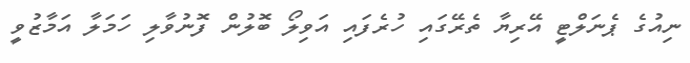
ނިއުގެ ޕެނަލްޓީ އޭރިޔާ ތެރޭގައި ހުރެފައި އަވިލޯ ބޮލުން ފޮނުވާލި ހަމަލާ އަމާޒުވީ